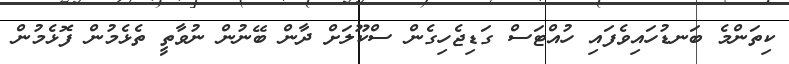
ކިތަންމެ ބަނޑުހައިވެފައި ހުއްޓަސް ގަޑިޖެހިގެން ސްކޫލަށް ދާން ބޭނުން ނުވާތީ ތެޅެމުން ފޮޅެމުން